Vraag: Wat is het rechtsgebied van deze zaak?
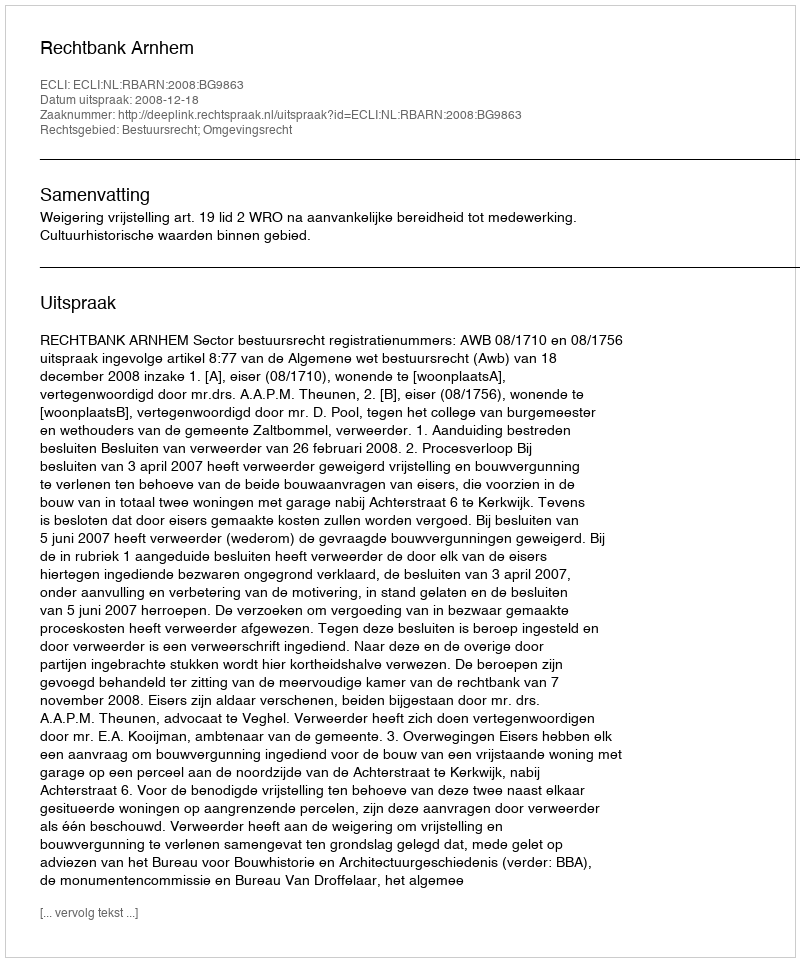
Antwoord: Bestuursrecht; Omgevingsrecht